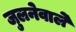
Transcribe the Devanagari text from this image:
जुलनेवाले